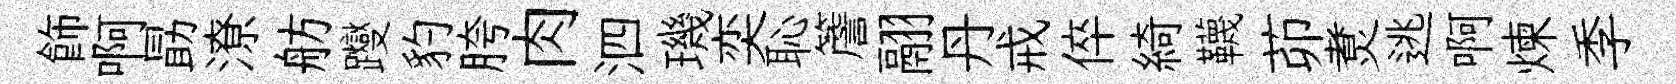
飾啊勗潦舫躞豹胯肉泗璣奕恥簷翮丹戒倅綺韈茆煑逃啊煉季